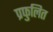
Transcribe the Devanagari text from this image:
प्रफुलित